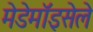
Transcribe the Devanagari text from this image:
मेडेमॉइसेले